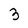
Character: 3